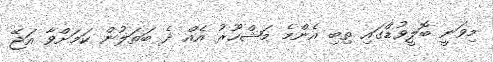
މިވަނީ ބޮލީވުޑްގައި ތިބި އެންމެ މަޝްހޫރު އެއް ދެ ބަތަލުން ކަމަށްވާ އަޖޭ